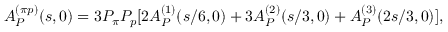
A _ { \cal P } ^ { ( \pi p ) } ( s , 0 ) = 3 P _ { \pi } P _ { p } [ 2 A _ { \cal P } ^ { ( 1 ) } ( s / 6 , 0 ) + 3 A _ { \cal P } ^ { ( 2 ) } ( s / 3 , 0 ) + A _ { \cal P } ^ { ( 3 ) } ( 2 s / 3 , 0 ) ] ,